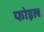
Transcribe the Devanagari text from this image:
फोइल